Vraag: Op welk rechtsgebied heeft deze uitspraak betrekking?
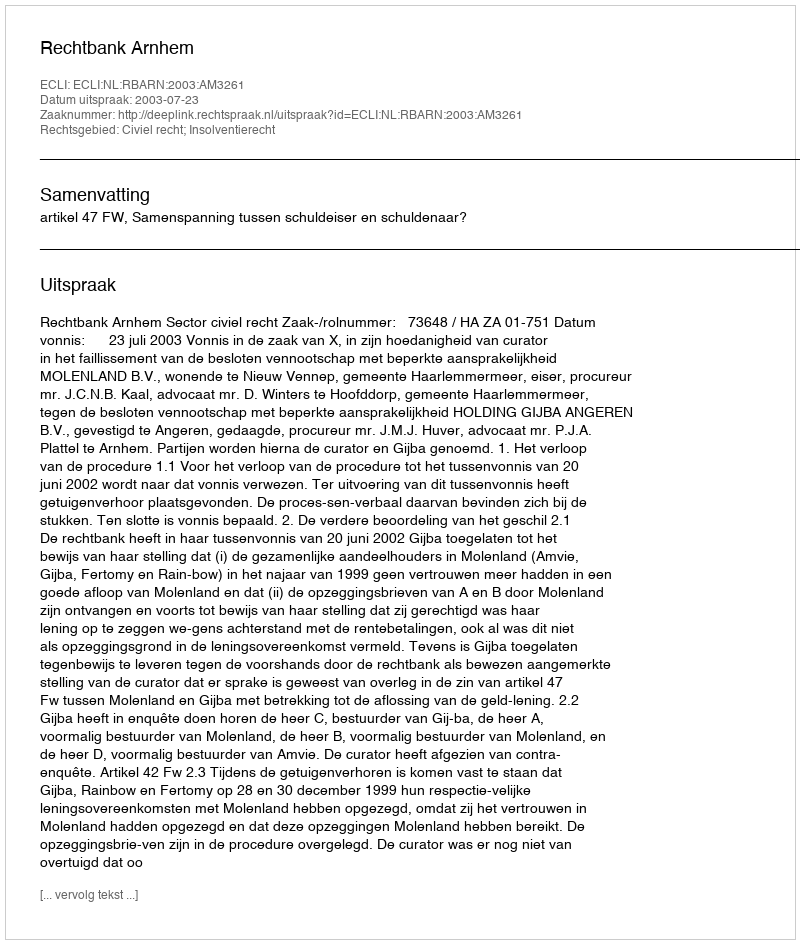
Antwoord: Civiel recht; Insolventierecht